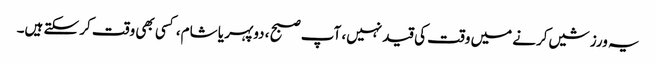
یہ ورزشیں کرنے میں وقت کی قید نہیں، آپ صبح ، دوپہر یا شام، کسی بھی وقت کر سکتے ہیں۔